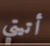
أتيتي